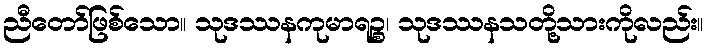
ညီတော်ဖြစ်သော။ သုဒဿနကုမာရဉ္စ၊ သုဒဿနသတို့သားကိုလည်း။